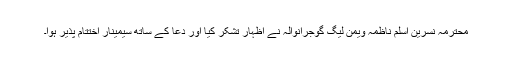
محترمہ نسرین اسلم ناظمہ ویمن لیگ گوجرانوالہ نے اظہار تشکر کیا اور دعا کے ساتھ سیمینار اختتام پذیر ہوا۔